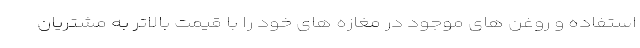
استفاده و روغن های موجود در مغازه های خود را با قیمت بالاتر به مشتریان